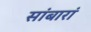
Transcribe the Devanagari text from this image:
सांबारां